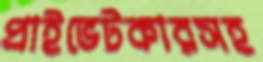
প্রাইভেটকারসহ